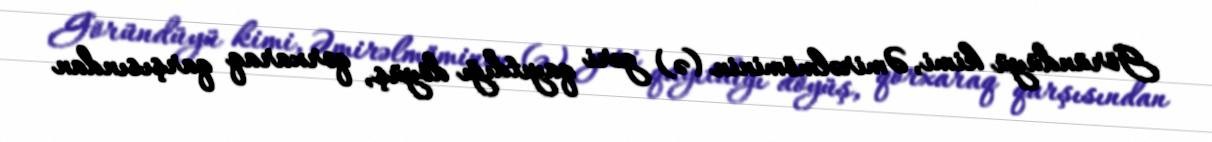
Göründüyü kimi, Əmirəlmöminin (ə) geri qayıtdığı döyüş, qorxaraq qarşısından